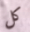
كل